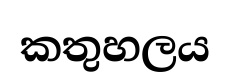
කතුහලය